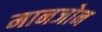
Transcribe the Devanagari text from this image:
मानजोन